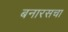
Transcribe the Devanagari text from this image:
बनारसचा